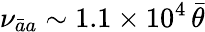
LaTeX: \nu_{\bar{a}a}\sim 1.1\times 10^{4}\, \bar{\theta}